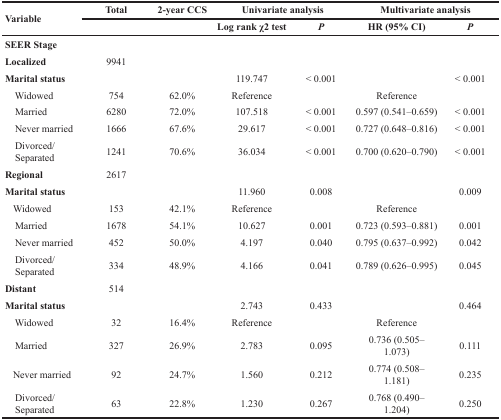
| Variable | Total | 2-year CCS | <COLSPAN=2> Univariate analysis | <COLSPAN=2> Multivariate analysis |
 |  |  |  | Log rank χ2 test | P | HR (95% CI) | P |
 | --- | --- | --- | --- | --- | --- | --- |
 | SEER Stage |  |  |  |  |  |  |
 | Localized | 9941 |  |  |  |  |  |
 | Marital status |  |  | 119.747 | < 0.001 |  | < 0.001 |
 | Widowed | 754 | 62.0% | Reference |  | Reference |  |
 | Married | 6280 | 72.0% | 107.518 | < 0.001 | 0.597 (0.541–0.659) | < 0.001 |
 | Never married | 1666 | 67.6% | 29.617 | < 0.001 | 0.727 (0.648–0.816) | < 0.001 |
 | Divorced/Separated | 1241 | 70.6% | 36.034 | < 0.001 | 0.700 (0.620–0.790) | < 0.001 |
 | Regional | 2617 |  |  |  |  |  |
 | Marital status |  |  | 11.960 | 0.008 |  | 0.009 |
 | Widowed | 153 | 42.1% | Reference |  | Reference |  |
 | Married | 1678 | 54.1% | 10.627 | 0.001 | 0.723 (0.593–0.881) | 0.001 |
 | Never married | 452 | 50.0% | 4.197 | 0.040 | 0.795 (0.637–0.992) | 0.042 |
 | Divorced/Separated | 334 | 48.9% | 4.166 | 0.041 | 0.789 (0.626–0.995) | 0.045 |
 | Distant | 514 |  |  |  |  |  |
 | Marital status |  |  | 2.743 | 0.433 |  | 0.464 |
 | Widowed | 32 | 16.4% | Reference |  | Reference |  |
 | Married | 327 | 26.9% | 2.783 | 0.095 | 0.736 (0.505– 1.073) | 0.111 |
 | Never married | 92 | 24.7% | 1.560 | 0.212 | 0.774 (0.508– 1.181) | 0.235 |
 | Divorced/Separated | 63 | 22.8% | 1.230 | 0.267 | 0.768 (0.490– 1.204) | 0.250 |